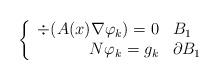
LaTeX: \begin{align*}\left\{\begin{array}{rl}\div(A(x) \nabla \varphi_k) = 0 & B_1\\N \varphi_k = g_k & \partial B_1\end{array}\right.\end{align*}